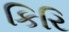
કિરિ